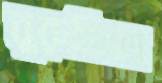
বুরুন্ডিতে